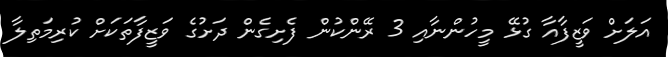
އަލަށް ވަޒީފާއާ ގުޅޭ މީހުންނާއި 3 ރޭންކުން ފެށިގެން ދަށުގެ ވަޒީފާތަކަށް ކުރިމަތިލާ